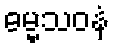
ဓမ္မသဝနံ